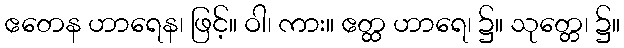
ဧတေန ဟာရေန၊ ဖြင့်။ ဝါ၊ ကား။ ဧတ္ထ ဟာရေ၊ ၌။ သုတ္တေ၊ ၌။